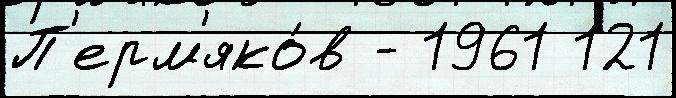
П'ерм'яко́в - 1961 121